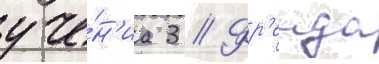
уче́н'иа 3 // Фр'еида